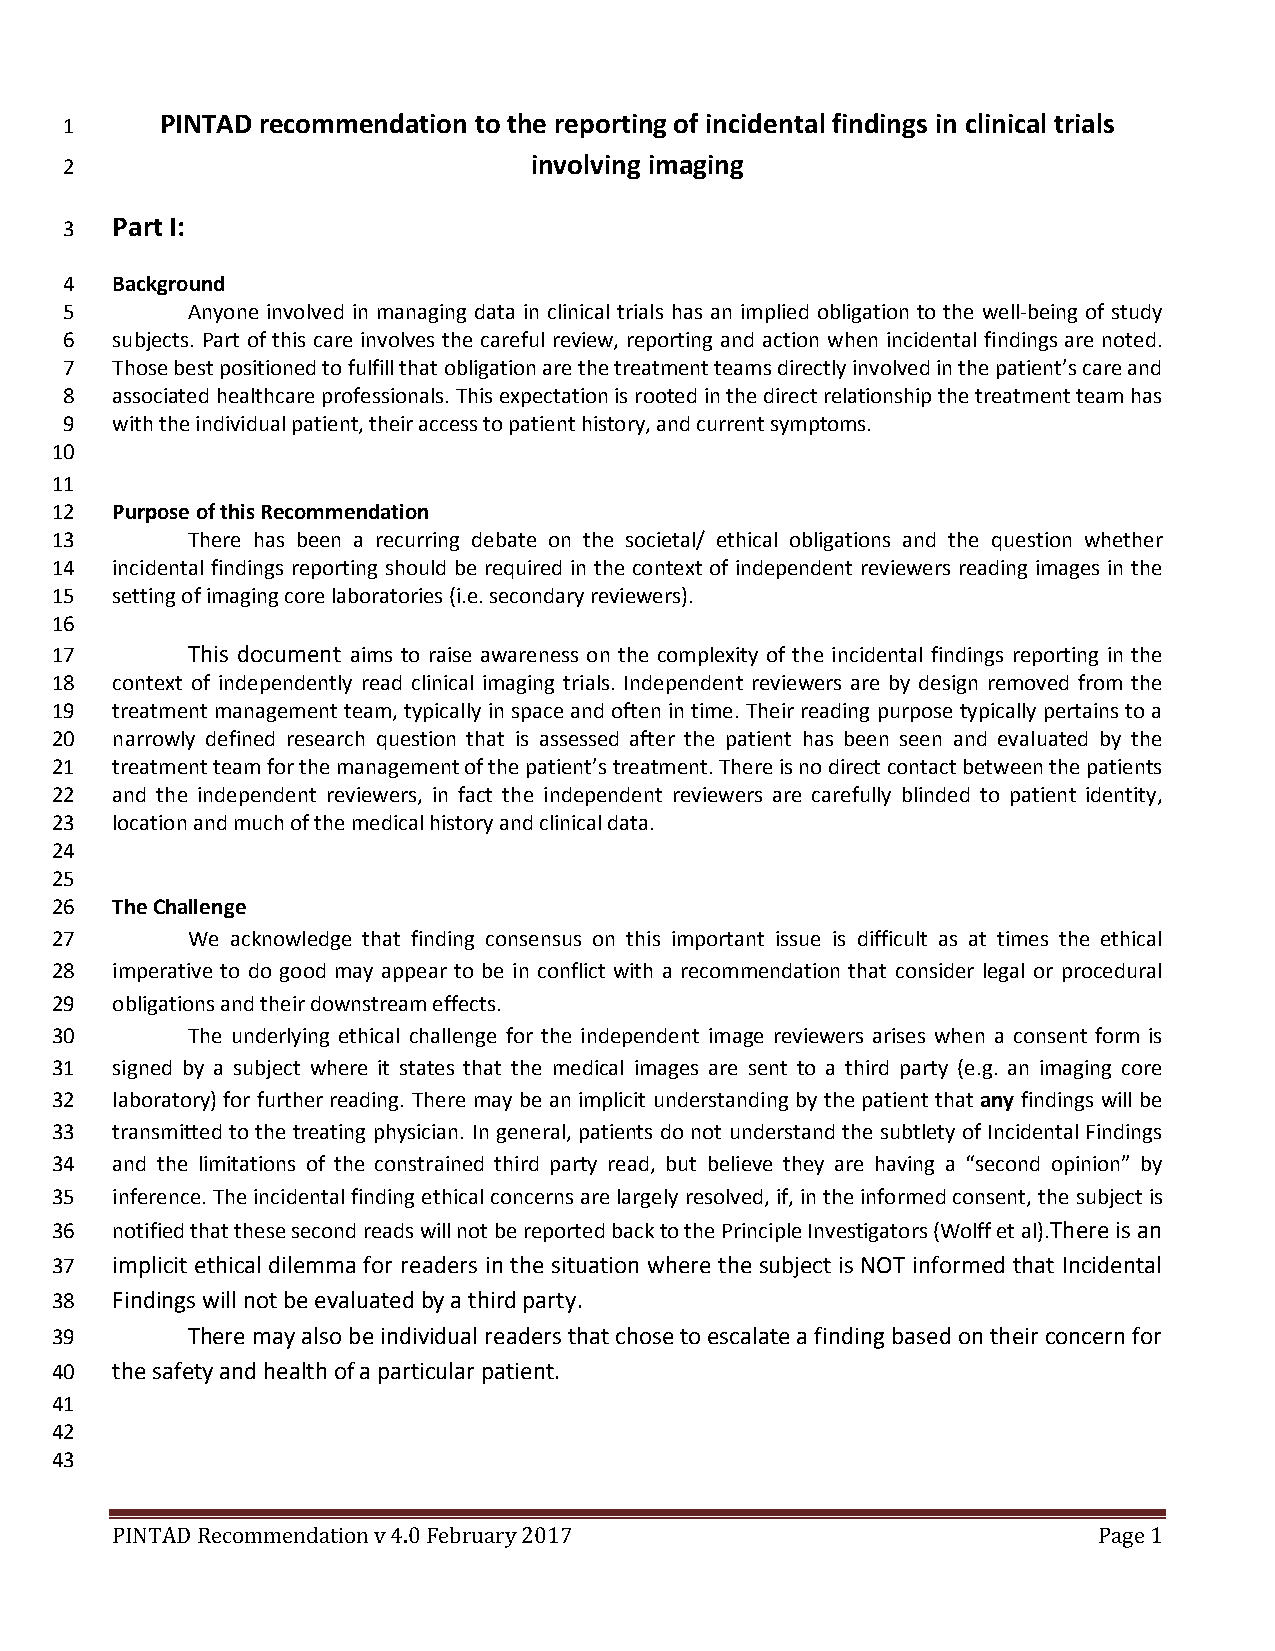
1      PINTAD recommendation to the reporting of incidental findings in clinical trials
 2                              involving imaging
 3  Part I:
 4  Background
 5       Anyone involved in managing data in clinical trials has an implied obligation to the well-being of study
 6  subjects. Part of this care involves the careful review, reporting and action when incidental findings are noted.
 7  Those best positioned to fulfill that obligation are the treatment teams directly involved in the patient’s care and
 8  associated healthcare professionals. This expectation is rooted in the direct relationship the treatment team has
 9  with the individual patient, their access to patient history, and current symptoms.
 10
 11
 12  Purpose of this Recommendation
 13       There has been a recurring debate on the societal/ ethical obligations and the question whether
 14  incidental findings reporting should be required in the context of independent reviewers reading images in the
 15  setting of imaging core laboratories (i.e. secondary reviewers).
 16
 17       This document aims to raise awareness on the complexity of the incidental findings reporting in the
 18  context of independently read clinical imaging trials. Independent reviewers are by design removed from the
 19  treatment management team, typically in space and often in time. Their reading purpose typically pertains to a
 20  narrowly defined research question that is assessed after the patient has been seen and evaluated by the
 21  treatment team for the management of the patient’s treatment. There is no direct contact between the patients
 22  and the independent reviewers, in fact the independent reviewers are carefully blinded to patient identity,
 23  location and much of the medical history and clinical data.
 24
 25
 26  The Challenge
 27       We acknowledge that finding consensus on this important issue is difficult as at times the ethical
 28  imperative to do good may appear to be in conflict with a recommendation that consider legal or procedural
 29  obligations and their downstream effects.
 30       The underlying ethical challenge for the independent image reviewers arises when a consent form is
 31  signed by a subject where it states that the medical images are sent to a third party (e.g. an imaging core
 32  laboratory) for further reading. There may be an implicit understanding by the patient that any findings will be
 33  transmitted to the treating physician. In general, patients do not understand the subtlety of Incidental Findings
 34  and the limitations of the constrained third party read, but believe they are having a “second opinion” by
 35  inference. The incidental finding ethical concerns are largely resolved, if, in the informed consent, the subject is
 36  notified that these second reads will not be reported back to the Principle Investigators (Wolff et al).There is an
 37  implicit ethical dilemma for readers in the situation where the subject is NOT informed that Incidental
 38  Findings will not be evaluated by a third party.
 39       There may also be individual readers that chose to escalate a finding based on their concern for
 40  the safety and health of a particular patient.
 41
 42
 43
 PINTAD Recommendation v 4.0 February 2017                         Page 1